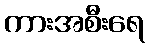
ကားအစီးရေ